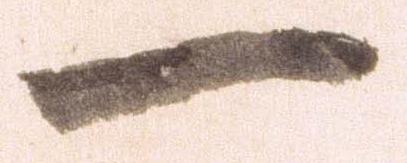
一